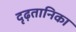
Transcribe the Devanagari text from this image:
दृढ़तानिका